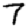
Digit: 7